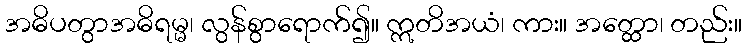
အဓိပတွာအဓိရမ္မ၊ လွန်စွာရောက်၍။ ဣတိအယံ၊ ကား။ အတ္ထော၊ တည်း။